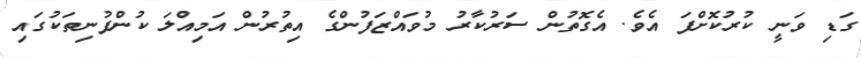
ގަޑި ވަނީ ކުރުކޮށްފަ އެވެ. އެގޮތުން ސަރުކާރު މުވައްޒަފުންގެ އިތުރުން އަމިއްލަ ކުންފުނިތަކުގައި